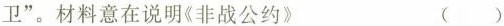
卫”。材料意在说明《非战公约》 ( )